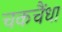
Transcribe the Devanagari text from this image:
चकचैंधा